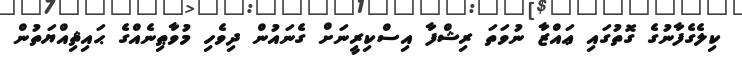
ކިލެގެފާނުގެ ގޮތުގައި ޢައްޒާ ނުވަތަ ރިޝްފާ އިސްކިރީނަށް ގެނައުން ދިވެހި މުވާޠިނެއްގެ ޙައިޘިއްޔަތުން